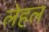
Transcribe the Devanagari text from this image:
लेहल